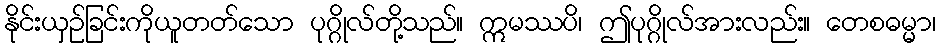
နိုင်းယှဉ်ခြင်းကိုယူတတ်သော ပုဂ္ဂိုလ်တို့သည်။ ဣမဿပိ၊ ဤပုဂ္ဂိုလ်အားလည်း။ တေစဓမ္မာ၊